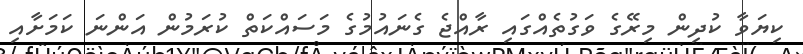
ކިޔަވާ ކުދިން މިރޭގެ ވަގުތެއްގައި ރާއްޖެ ގެނައުމުގެ މަސައްކަތް ކުރަމުން އަންނަ ކަމަށާއި